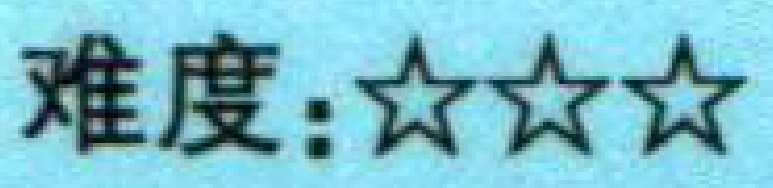
难度：\(\bigstar\bigstar\bigstar\)